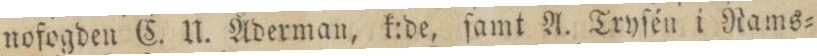
nofogden C. U. Åderman, k:de, ſamt A. Tryſén i Rams=